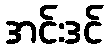
အင်းဒင်